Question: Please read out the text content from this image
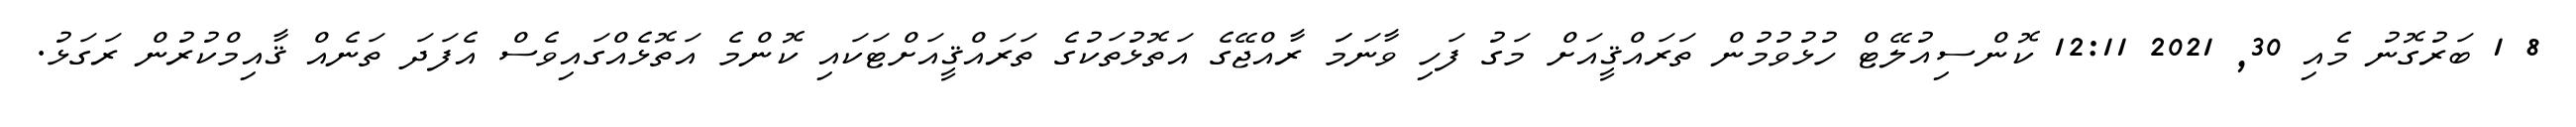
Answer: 8 1 ބަރުގޮނު މެއި 30, 2021 12:11 ކޮންސިއުލޭޓް ހުޅުވުމުން ތަރައްޤީއަށް މަގު ފަހި ވާނަމަަ ރާއްޖޭގެ އަތޮޅުތަކުގެ ތަރައްޤީއަށްޓަކައި ކޮންމެ އަތޮޅެއްގައިވެސް އެފަދަ ތަނެއް ޤާއިމްކުރުން ރަގަޅު.